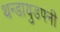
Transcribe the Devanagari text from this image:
थन्डायुडपनी